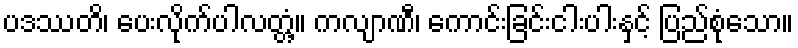
ပဒဿတိ၊ ပေးလိုက်ပါလတ္တံ့။ ကလျာဏီ၊ ကောင်းခြင်းငါးပါးနှင့် ပြည်စုံသော။